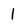
Character: 1